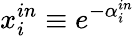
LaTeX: x_{i}^{in}\equiv e^{-\alpha_{i}^{in}}